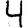
Digit: 4